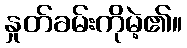
နှုတ်ခမ်းကိုမဲ့၏။